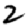
Digit: 2